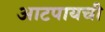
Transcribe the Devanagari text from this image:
आटपायची